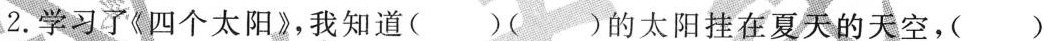
2.学习了《四个太阳》，我知道( )( )的太阳挂在夏天的天空，( )